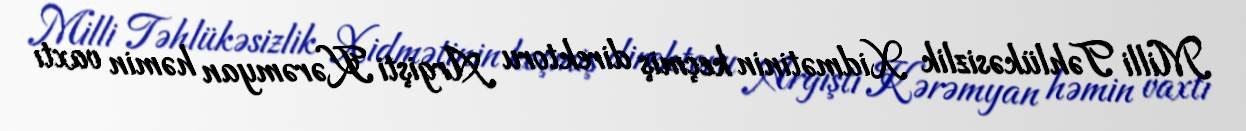
Milli Təhlükəsizlik Xidmətinin keçmiş direktoru Argişti Kərəmyan həmin vaxtı